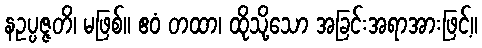
နဥပ္ပဇ္ဇတိ၊ မဖြစ်။ ဧဝံ တထာ၊ ထိုသို့သော အခြင်းအရာအားဖြင့်။